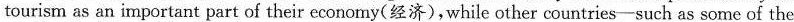
tourism as an important part of their economy(经济),while other countries-such as some of the